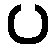
ပ